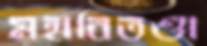
মহাবিতণ্ডা